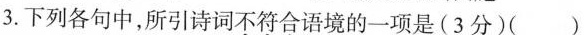
3.下列各句中，所引诗词不符合语境的一项是(3分)()